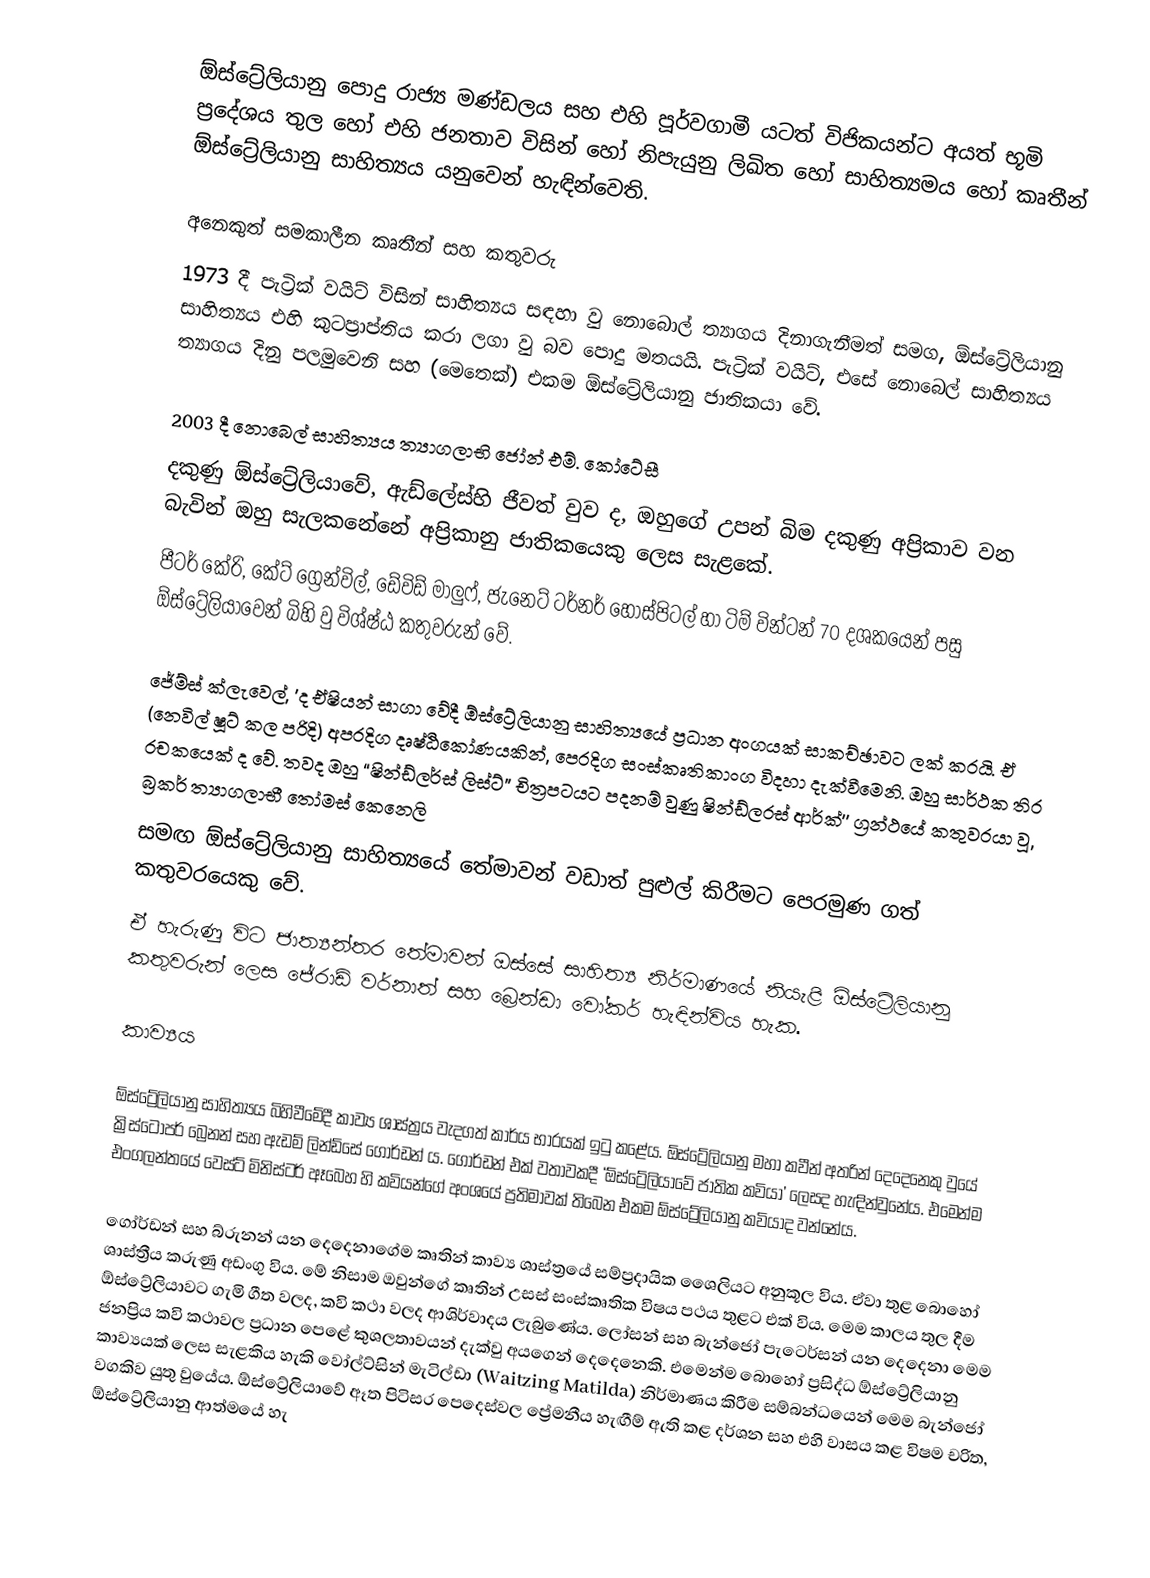
ඕස්ට්‍රේලියානු පොදු රාජ්‍ය මණ්ඩලය සහ එහි පූර්වගාමී යටත් විජිකයන්ට අයත් භූමි ප්‍රදේශය තුල හෝ එහි ජනතාව විසින් හෝ නිපැයුනු ලිඛිත හෝ සාහිත්‍යමය හෝ  කෘතීන්  ඕස්ට්‍රේලියානු සාහිත්‍යය යනුවෙන් හැඳින්වෙති.

අනෙකුත් සමකාලීන කෘතීන් සහ කතුවරු
1973 දී පැට්‍රික් වයිට් විසින් සාහිත්‍යය සඳහා වු නොබොල් ත්‍යාගය දිනාගැනීමත් සමග, ඕස්ට්‍රේලියානු සාහිත්‍යය එහි කුටප්‍රාප්තිය කරා ලගා වු බව පොදු මතයයි. පැට්‍රික් වයිට්, එසේ නොබෙල් සාහිත්‍යය ත්‍යාගය දිනු පලමුවෙනි සහ (මෙතෙක්) එකම ඕස්ට්‍රේලියානු ජාතිකයා වේ.

2003 දී නොබෙල් සාහිත්‍යය ත්‍යාගලාභි ‍ජෝන් එම්. කෝටේසී
දකුණු ඕස්ට්‍රේලියාවේ, ඇඩ්ලේස්හි ජීවත් වුව ද, ඔහුගේ උපන් බිම දකුණු අප්‍රිකාව වන බැවින් ඔහු සැලකනේනේ අප්‍රිකානු ජාතිකයෙකු ලෙස සැළකේ.
පීටර් කේරි, කේට් ග්‍රෙන්විල්, ඩේවිඩ් මාලුෆ්, ජැනෙට් ටර්නර් හොස්පිටල් හා ටිම් වින්ටන් 70 දශ‍කයෙන් පසු ඕස්ට්‍රේලියාවෙන් බිහි වු විශ්ෂ්ඨ කතුවරුන් වේ.

ජේම්ස් ක්ලැවෙල්, 'ද ඒෂියන් සාගා වේදී ඕස්ට්‍රේලියානු සාහිත්‍යයේ ප්‍රධාන අංගයක් සාකච්ඡාවට ලක් කරයි. ඒ (නෙවිල් ෂූට් කල පරිදි) අපරදිග දෘෂ්ඨිකෝණයකින්, පෙරදිග සංස්කෘතිකාංග විදහා දැක්වීමෙනි. ඔහු සාර්ථක තිර රචකයෙක් ද වේ. තවද ඔහු “ෂින්ඩ්ලර්ස් ලිස්ට්” චිත්‍රපටයට පදනම් වුණු ෂින්ඩ්ලරස් ආර්ක්'' ග්‍රන්ථයේ කතුවරයා වූ, බ්‍රකර් ත්‍යාගලාභී තෝමස් කෙනෙලි
සමඟ ඕස්ට්‍රේලියානු සාහිත්‍යයේ තේමාවන් වඩාත් පුළුල් කිරීමට පෙරමුණ ගත් කතුවරයෙකු වේ.
ඒ හැරුණු විට ජාත්‍යන්තර තේමාවන් ඔස්සේ සාහිත්‍ය නිර්මාණයේ නියැළි ඕස්ට්‍රේලියානු කතුවරුන් ලෙස ජේරාඩ් වර්නාත් සහ බ්‍රෙන්ඩා වෝකර් හැඳින්විය හැක.

කාව්‍යය

ඕස්ට්‍රේලියානු සාහිත්‍යය බිහිවීමේදී කාව්‍ය ශාස්ත්‍රය වැදගත් කාර්ය භාරයක් ඉටු කළේය. ඕස්ට්‍රේලියානු මහා කවීන් අතරින් දෙදෙනෙකු වුයේ ක්‍රිස්ටෝපර් බ්‍රෙනන් සහ ඇඩම් ලින්ඩ්සේ ගොර්ඩන් ය. ගොර්ඩන් එක් වතාවකදී ‘ඕස්ට්‍රේලියාවේ ජාතික කවියා’ ලෙසද හැඳින්වුනේය. එමෙන්ම එංගලන්තයේ වෙස්ට් මිනිස්ටර් ඈබෙහ හි කවියන්ගේ අංශයේ ප්‍රතිමාවක් තිබෙන එකම ඕස්ට්‍රේලියානු කවියාද වන්නේය.

ගෝර්ඩන් සහ බ්රුනන් යන දෙදෙනාගේම කෘතින් කාව්‍ය ශාස්ත්‍රයේ සම්ප්‍රදායික ශෛලියට අනුකූල විය. ඒවා තුළ බොහෝ ශාස්ත්‍රීය කරුණු අඩංගු විය. මේ නිසාම ඔවුන්ගේ කෘතින් උසස් සංස්කෘතික විෂය පථය තුළට එක් විය. මෙම කාලය තුල දීම ඕස්ට්‍රේලියාවට ගැමි ගීත වලද, කවි කථා වලද ආශිර්වාදය ලැබුණේය. ලෝසන් සහ බැන්ජෝ පැටෙර්සන් යන දෙදෙනා මෙම ජනප්‍රිය කවි කථාවල ප්‍රධාන පෙළේ කුශලතාවයන් දැක්වු අයගෙන් දෙදෙනෙකි. එමෙන්ම බොහෝ ප්‍රසිද්ධ ඕස්ට්‍රේලියානු කාව්‍යයක් ලෙස සැළකිය හැකි වෝල්ට්සින් මැටිල්ඩා (Waitzing Matilda) නිර්මාණය කිරීම සම්බන්ධයෙන් මෙම බැන්ජෝ වගකිව යුතු වුයේය. ඕස්ට්‍රේලියාවේ ඈත පිටිසර පෙදෙස්වල ප්‍රේමනීය හැඟීම් ඇති කළ දර්ශන සහ එහි වාසය කළ විෂම චරිත, ඕස්ට්‍රේලියානු ආත්මයේ හැ